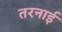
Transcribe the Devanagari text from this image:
तरनाई